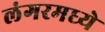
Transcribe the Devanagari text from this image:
लंगरमध्ये